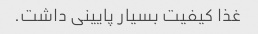
غذا کیفیت بسیار پایینی داشت.